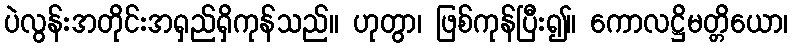
ပဲလွန်းအတိုင်းအရှည်ရှိကုန်သည်။ ဟုတွာ၊ ဖြစ်ကုန်ပြီး၍။ ကောလဋ္ဌိမတ္တိယော၊